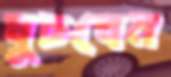
ঘুচবেন